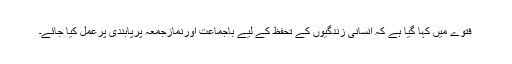
فتوے میں کہا گیا ہے کہ انسانی زندگیوں کے تحفظ کے لیے باجماعت اورنمازجمعہ پرپابندی پرعمل کیا جائے۔